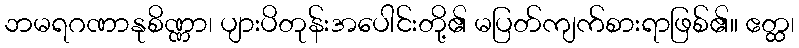
ဘမရဂဏာနုစိဏ္ဏာ၊ ပျားပိတုန်းအပေါင်းတို့၏ မပြတ်ကျက်စားရာဖြစ်၏။ ဧတ္ထ၊